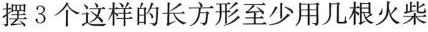
摆3个这样的长方形至少用几根火柴